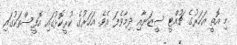
މި އޮތީ އަހަރުގެ ޗުއްޓީ ސީޒަނާއި ދިމާވެފަ އެވެ. އަހަރުގެ ކުރީކޮޅުގައި އޮފީސްތަކުގައި